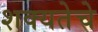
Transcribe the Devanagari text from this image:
शक्यतेचे